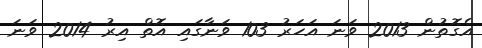
އެގޮތުން 2013 ވަނަ އަހަރު 103 ވަނާގައި އޮތް އިރު 2014 ވަނަ